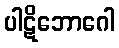
ပါဋိဘောဂေါ